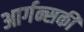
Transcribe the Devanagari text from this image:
आर्गन्सकी